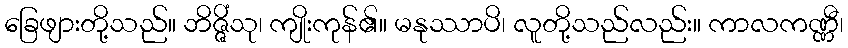
ခြေဖျားတို့သည်။ ဘိဇ္ဇိံသု၊ ကျိုးကုန်၏။ မနုဿာပိ၊ လူတို့သည်လည်း။ ကာလကဏ္ဏီ၊